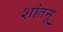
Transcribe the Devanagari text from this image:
शांतनू